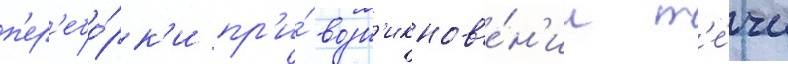
п'ер'ебо́рк'и пр'и́ возн'икнов'е́н'ии т'е́чи